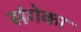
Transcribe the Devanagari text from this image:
संगेका